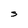
Character: S